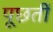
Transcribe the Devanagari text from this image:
पूछतीं